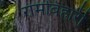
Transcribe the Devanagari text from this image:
रामबिहारी